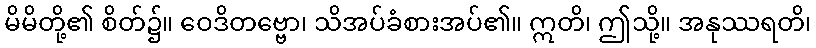
မိမိတို့၏ စိတ်၌။ ဝေဒိတဗ္ဗော၊ သိအပ်ခံစားအပ်၏။ ဣတိ၊ ဤသို့။ အနုဿရတိ၊